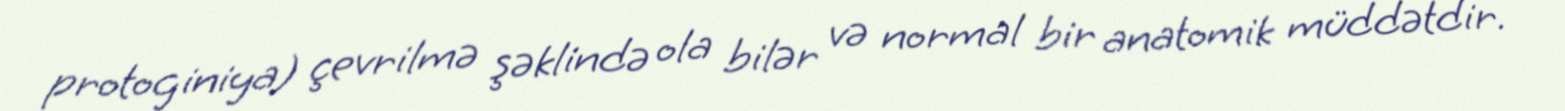
protoginiya) çevrilmə şəklində ola bilər və normal bir anatomik müddətdir.